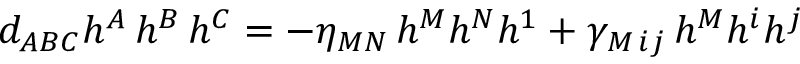
d _ { A B C } h ^ { A } \, h ^ { B } \, h ^ { C } = - \eta _ { M N } \, h ^ { M } h ^ { N } h ^ { 1 } + \gamma _ { M \, i j } \, h ^ { M } h ^ { i } h ^ { j }